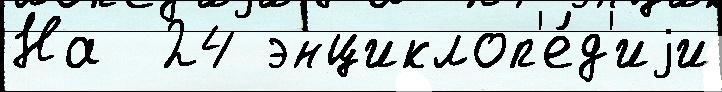
На  24 энциклоп'е́д'иjи